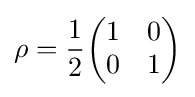
\rho ={\frac {1}{2}}{\begin{pmatrix}1&0\\0&1\end{pmatrix}}